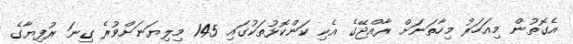
އެގޮތުން މިއަހަރު މިހާތަނަށް ރާއްޖޭގެ އެކި ކަންކޮޅުތަކުގައި 145 މިލިޔަނަށްވުރެ ގިނަ ރުފިޔާގެ